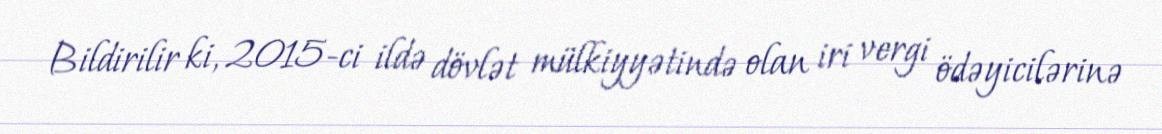
Bildirilir ki, 2015-ci ildə dövlət mülkiyyətində olan iri vergi ödəyicilərinə